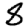
Digit: 8